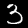
Label: 3